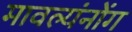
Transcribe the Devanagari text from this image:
मावल्यंनोंग